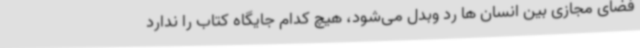
فضای مجازی بین انسان ها رد وبدل ‌می‌شود، هیچ کدام جایگاه کتاب را ندارد